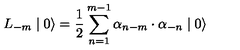
L _ { - m } \mid 0 \rangle = \frac { 1 } { 2 } \sum _ { n = 1 } ^ { m - 1 } { \alpha } _ { n - m } \cdot { \alpha } _ { - n } \mid 0 \rangle